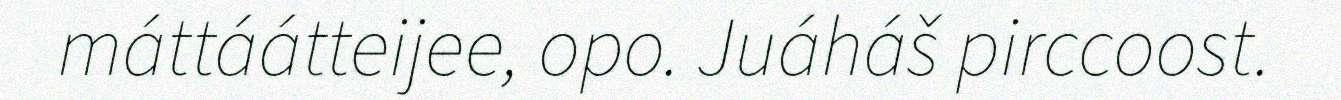
máttáátteijee, opo. Juáháš pirccoost.